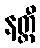
နတ္ထီ